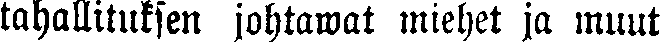
tahallituksen johtawat miehet ja muut